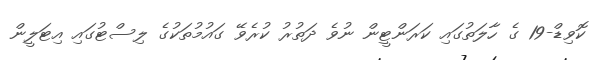
ކޮވިޑް-19 ގެ ހާލަތުގައި ކަރަންޓީން ނުވެ ދަތުރު ކުރެވޭ ގައުމުތަކުގެ ލިސްޓުގައި އިޓަލީން